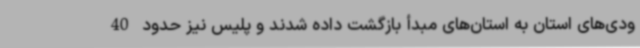
ودی‌های استان به استان‌های مبدأ بازگشت داده شدند و پلیس نیز حدود 40